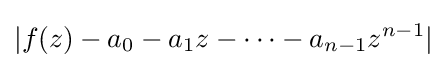
|f(z)-a_{0}-a_{1}z-\cdots -a_{n-1}z^{n-1}|